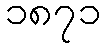
၁၈၇၁